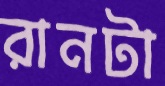
রানটা